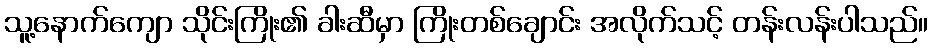
သူ့နောက်ကျော သိုင်းကြိုး၏ ခါးဆီမှာ ကြိုးတစ်ချောင်း အလိုက်သင့် တန်းလန်းပါသည်။